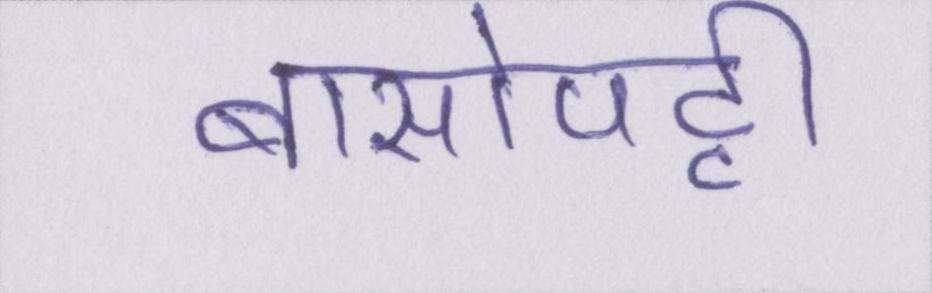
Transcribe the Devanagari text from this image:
बासोपट्टी